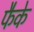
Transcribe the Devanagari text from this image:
फैके